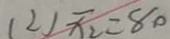
( 2 ) \overline { x _ { 2 } } = 8 0